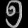
Digit: ၅